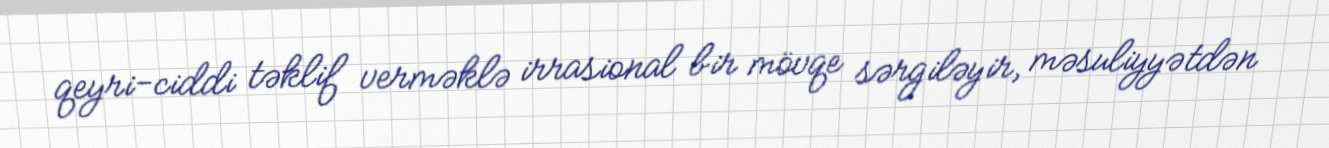
qeyri-ciddi təklif verməklə irrasional bir mövqe sərgiləyir, məsuliyyətdən